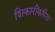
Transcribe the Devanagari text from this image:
शिकारींकरिता